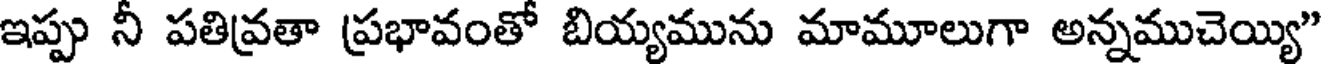
ఇప్పు నీ పతివ్రతా ప్రభావంతో బియ్యమును మామూలుగా అన్నముచెయ్యి"